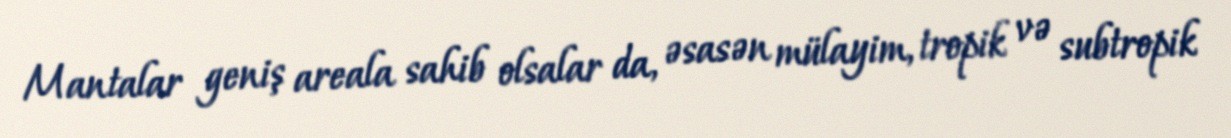
Mantalar geniş areala sahib olsalar da, əsasən mülayim, tropik və subtropik